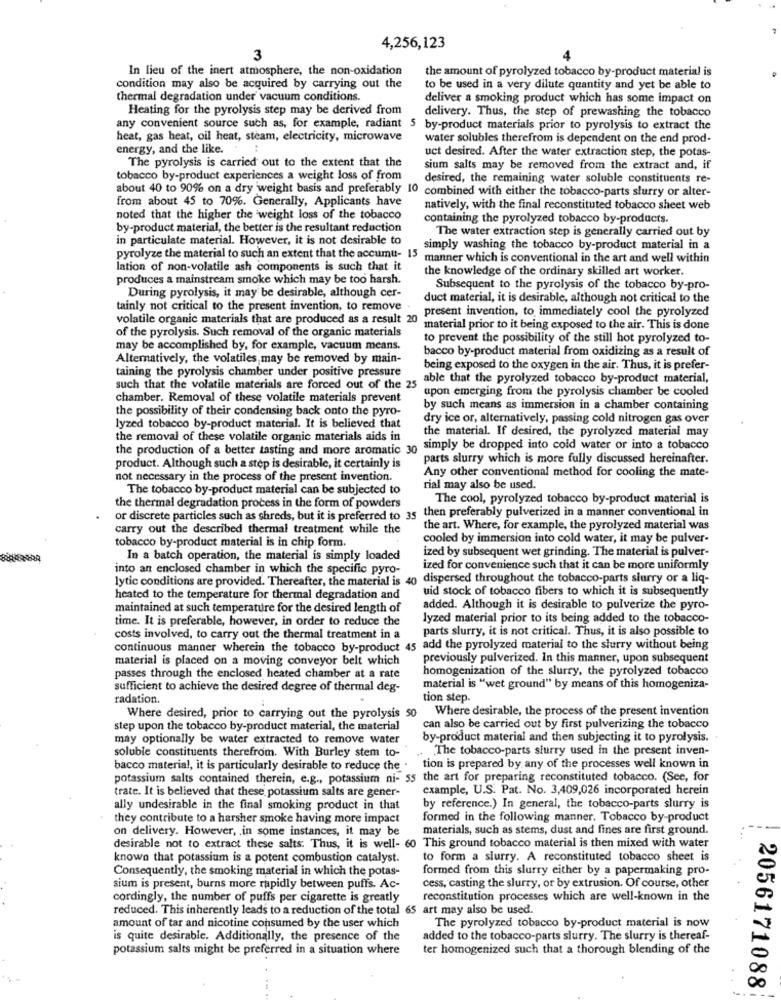
4,256,123
3
In lieu of the inert atmosphere, the non-oxidation
the amount of pyrolyzed tobacco by-product material is
condition may also be acquired by carrying out the
to be used in a very dilute quantity and yet be able to
thermal degradation under vacuum conditions.
deliver a smoking product which has some impact on
Heating for the pyrolysis step may be derived from
delivery. Thus, the step of prewashing the tobacco
any convenient source such as, for example, radiant 5 by-product materials prior to pyrolysis to extract the
heat, gas heat, oil heat, steam, electricity, microwave
water solubles therefrom is dependent on the end prod-
energy, and the like. :
The pyrolysis is carried out to the extent that the
uct desired. After the water extraction step, the potas-
sium salts may be removed from the extract and, if
tobacco by-product experiences a weight loss of from
desired, the remaining water soluble constituents re-
about 40 to 90% on a dry weight basis and preferably 10 combined with either the tobacco-parts slurry or alter-
from about 45 to 70%. Generally, Applicants have
natively, with the final reconstituted tobacco sheet web
noted that the higher the weight loss of the tobacco
containing the pyrolyzed tobacco by-products.
by-product material, the better is the resultant reduction
The water extraction step is generally carried out by
in particulate material. However, it is not desirable to
simply washing the tobacco by-product material in a
pyrolyze the material to such an extent that the accumu- 15
manner which is conventional in the art and well within
lation of non-volatile ash components is such that it
the knowledge of the ordinary skilled art worker.
produces a mainstream smoke which may be too harsh.
Subsequent to the pyrolysis of the tobacco by-pro-
During pyrolysis, it may be desirable, although cer-
duct material, it is desirable, although not critical to the
tainly not critical to the present invention, to remove.
present invention, to immediately cool the pyrolyzed
volatile organic materials that are produced as a result 20
of the pyrolysis. Such removal of the organic materials
material prior to it being exposed to the air. This is done
to prevent the possibility of the still hot pyrolyzed to-
may be accomplished by, for example, vacuum means.
bacco by-product material from oxidizing as a result of
Alternatively, the volatiles, may be removed by main-
taining the pyrolysis chamber under positive pressure
being exposed to the oxygen in the air. Thus, it is prefer-
able that the pyrolyzed tobacco by-product material,
such that the volatile materials are forced out of the 25
upon emerging from the pyrolysis chamber be cooled
chamber. Removal of these volatile materials prevent
the possibility of their condensing back onto the pyro-
by such means as immersion in a chamber containing
dry ice or, alternatively, passing cold nitrogen gas over
lyzed tobacco by-product material. It is believed that
the material. If desired, the pyrolyzed material may
the removal of these volatile organic materials aids in
the production of a better tasting and more aromatic 30 simply be dropped into cold water or into a tobacco
parts slurry which is more fully discussed hereinafter.
product. Although such a step is desirable, it certainly is
Any other conventional method for cooling the mate-
not necessary in the process of the present invention.
The tobacco by-product material can be subjected to
rial may also be used.
The cool, pyrolyzed tobacco by-product material is
the thermal degradation process in the form of powders
or discrete particles such as shreds, but it is preferred to 35 then preferably pulverized in a manner conventional in
carry out the described thermal treatment while the
the art. Where, for example, the pyrolyzed material was
tobacco by-product material is in chip form.
cooled by immersion into cold water, it may be pulver-
ized by subsequent wet grinding. The material is pulver-
In a batch operation, the material is simply loaded
into an enclosed chamber in which the specific pyro-
ized for convenience such that it can be more uniformly
lytic conditions are provided. Thereafter, the material is 40 dispersed throughout the tobacco-parts slurry or a liq-
uid stock of tobacco fibers to which it is subsequently
heated to the temperature for thermal degradation and
maintained at such temperature for the desired length of
added. Although it is desirable to pulverize the pyro-
time. It is preferable, however, in order to reduce the
lyzed material prior to its being added to the tobacco-
parts slurry, it is not critical. Thus, it is also possible to
costs involved, to carry out the thermal treatment in a
continuous manner wherein the tobacco by-product 45 add the pyrolyzed material to the slurry without being
material is placed on a moving conveyor belt which
previously pulverized. In this manner, upon subsequent
homogenization of the slurry, the pyrolyzed tobacco
passes through the enclosed heated chamber at a rate
sufficient to achieve the desired degree of thermal deg-
material is "wet ground" by means of this homogeniza-
radation.
tion step.
Where desirable, the process of the present invention
Where desired, prior to carrying out the pyrolysis 50
step upon the tobacco by-product material, the material
can also be carried out by first pulverizing the tobacco
may optionally be water extracted to remove water
by-product material and then subjecting it to pyrolysis.
soluble constituents therefrom. With Burley stem to-
. The tobacco-parts slurry used in the present inven-
bacco material, it is particularly desirable to reduce the .
tion is prepared by any of the processes well known in
potassium salts contained therein, e.g ., potassium ni- 55 the art for preparing reconstituted tobacco. (See, for
trate. It is believed that these potassium salts are gener-
example, U.S. Pat. No. 3,409,026 incorporated herein
ally undesirable in the final smoking product in that
by reference.) In general, the tobacco-parts slurry is
they contribute to a harsher smoke having more impact
formed in the following manner. Tobacco by-product
on delivery. However, in some instances, it may be
materials, such as stems, dust and fines are first ground.
desirable not to extract these salts. Thus, it is well- 60 This ground tobacco material is then mixed with water
known that potassium is a potent combustion catalyst.
to form a slurry. A reconstituted tobacco sheet is
Consequently, the smoking material in which the potas-
formed from this slurry either by a papermaking pro-
sium is present, burns more rapidly between puffs. Ac-
cess, casting the slurry, or by extrusion. Of course, other
cordingly, the number of puffs per cigarette is greatly
reconstitution processes which are well-known in the
reduced. This inherently leads to a reduction of the total 65 art may also be used.
amount of tar and nicotine consumed by the user which
The pyrolyzed tobacco by-product material is now
is quite desirable. Additionally, the presence of the
added to the tobacco-parts slurry. The slurry is thereaf-
potassium salts might be preferred in a situation where
ter homogenized such that a thorough blending of the
2056171088